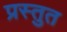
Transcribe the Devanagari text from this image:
प्रस्‍तुत